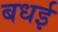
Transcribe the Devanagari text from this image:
बधई